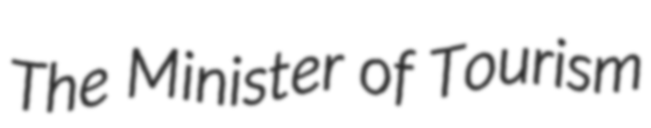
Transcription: The Minister of Tourism